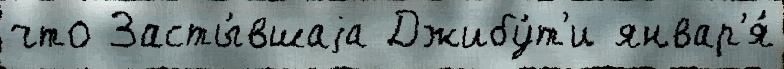
что Засты́вшаjа Джибу́т'и январ'я́